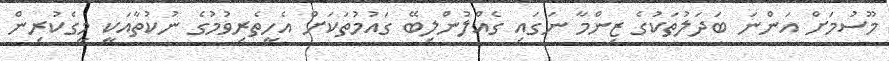
މޫސުމަށް އަންނަ ބަދަލުތަކުގެ ޒިންމާ ނަގައި ގެއްލުންލިބޭ ގައުމުތަކަށް އެހީތެރިވުމުގެ ނުކުތާއަކީ މީގެކުރިން